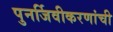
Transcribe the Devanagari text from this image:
पुनर्जिवीकरणांची